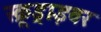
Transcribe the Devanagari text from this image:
स्क्रूड्राइवर